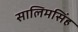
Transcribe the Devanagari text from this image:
सालिमसिंह